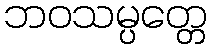
ဘဝသမ္ပတ္တေ